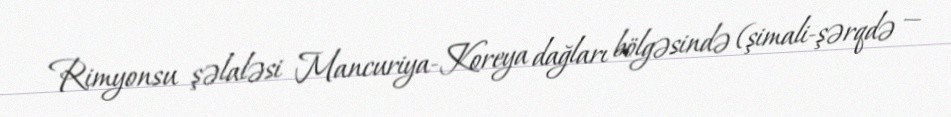
Rimyonsu şəlaləsi Mancuriya-Koreya dağları bölgəsində (şimali-şərqdə —